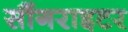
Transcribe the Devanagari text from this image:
सौंगराइटर